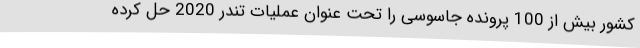
کشور بیش از 100 پرونده جاسوسی را تحت عنوان عملیات تندر 2020 حل کرده